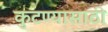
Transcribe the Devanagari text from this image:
कुटण्यासाठी